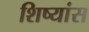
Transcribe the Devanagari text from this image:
शिष्यांस